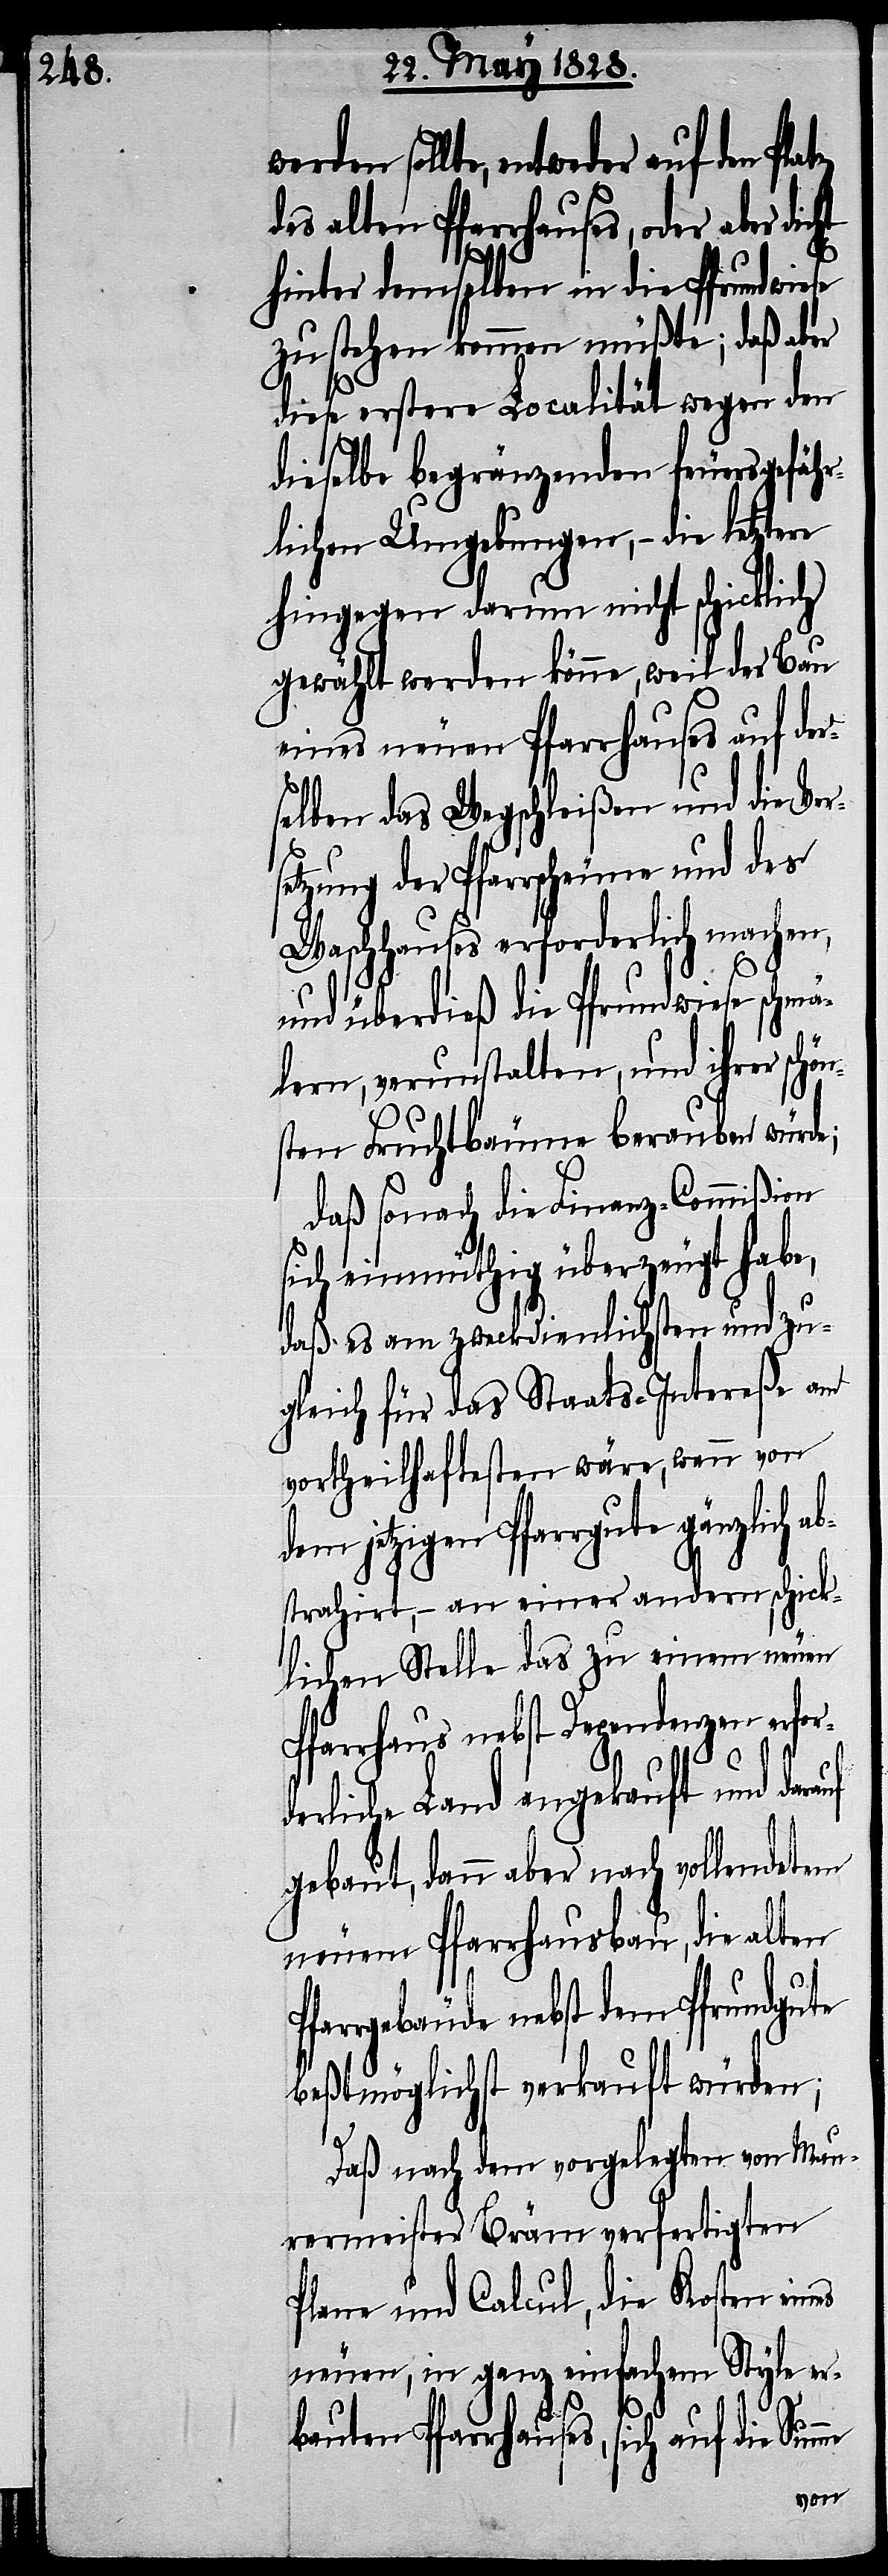
werden sollte, entweder auf den
des alten Pfarrhauses, oder aber
hinter demselben in die Pfrundwiese
zustehen kommen müßte; daß aber
diese erstere Localität wegen den
dieselbe begränzenden feuersgefähr¬
lichen Umgebungen, – die letztere
hingegen darum nicht schicklich
gewählt werden könne, weil der Bau
eines neuen Pfarrhauses auf der¬
selben das Wegschleißen und die Ve¬
setzung der Pfarrscheune und des
Waschhauses erforderlich machen,
auf
und überdieß die Pfrundwiese schmä¬
lern, verunstalten, und ihrer
sten Fruchtbäume berauben würde;
Daß sonach die Finanz-Commißion
sich einmüthig überzeugt habe,
daß es am zweckdienlichsten und zu¬
gleich für das Staats-Intereße am
vortheilhaftesten wäre, wenn von
dem jetzigen Pfarrgute gänzlich ab¬
strahirt, – an einer andern schick¬
lichen Stelle das zu einem neuen
Pfarrhaus nebst Dependenzen er¬
erliche Land angekauft und dar¬
gebaut, dann aber nach vollendetem
neuem Pfarrhausbau, die alten
Pfarrgebäude nebst dem Pfrundgute
beßtmöglichst verkauft würden;
Daß nach dem vorgelegten von Mau¬
rermeister Bräm verfertigten
Plane und Calcul, die Kosten eines
neuen, in ganz einfachem Style erb¬
auten Pfarrhauses, sich auf die